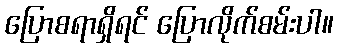
ပြောစရာရှိရင် ပြောလိုက်စမ်းပါ။